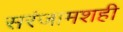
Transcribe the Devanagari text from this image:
सरंजामशही